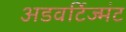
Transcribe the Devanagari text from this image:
अडवर्टिज्मंट